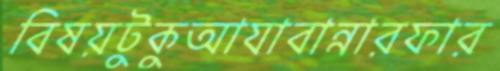
বিষয়টুকুআযাবান্নারফার